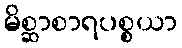
မိစ္ဆာစာရပစ္စယာ